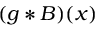
( g * B ) ( x )